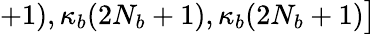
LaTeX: +1),\kappa_{b}(2N_{b}+1),\kappa_{b}(2N_{b}+1)\big]